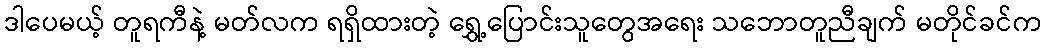
ဒါပေမယ့် တူရကီနဲ့ မတ်လက ရရှိထားတဲ့ ရွှေ့ပြောင်းသူတွေအရေး သဘောတူညီချက် မတိုင်ခင်က